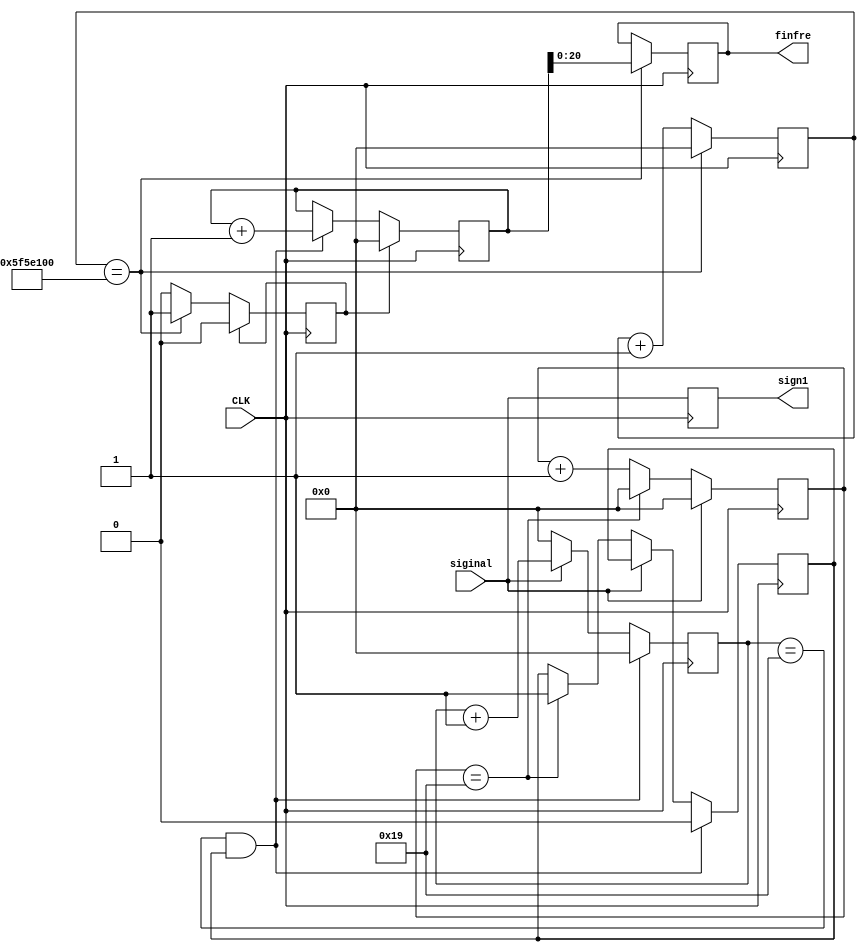
`timescale 1ns / 1ps
module frequency2binary(
  input siginal,//
  input CLK,
  output reg sign1,//
  output reg [20:0]finfre//binary
  );
  parameter T2MS=100000000;
      reg [35:0]freh;
      reg [35:0]frel;
      reg [35:0]frell;
      reg [35:0]count1;
      reg zero;
      reg clear;
always@(posedge CLK)
      begin
      sign1 <= siginal;
      if(siginal)
      begin
          freh <= freh+1;
          frell <=0;
      end
      else
          begin
          frell <= frell + 1;
          freh <= 0;
          if(frell==25)
          begin
          frell <=0;
          zero <=1;
          end
      end
      if(freh==25&&zero==1)
      begin
          frel <= frel+1;
          zero <=0;
          freh <= 0;
      end
      count1<=count1+1;
      if(count1==T2MS)
      begin
          count1<= 0;
          finfre <= frel;
          clear <= 1;
      end
      if(clear == 1)
      begin
          clear <= 0;
          frel <= 0;
      end
      end
endmodule